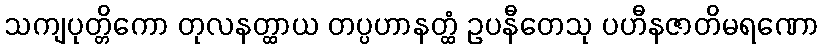
သကျပုတ္တိကော တုလနတ္ထာယ တပ္ပဟာနတ္ထံ ဥပနီတေသု ပဟီနဇာတိမရဏော